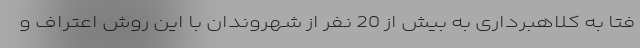
فتا به کلاهبرداری به بیش از 20 نفر از شهروندان با این روش اعتراف و